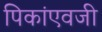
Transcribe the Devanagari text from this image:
पिकांएवजी